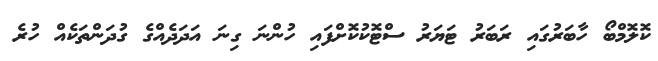
ކޮލޮމްބޯ ހާބަރުގައި ރަބަރު ޓަޔަރު ސްޓޮކުކޮށްފައި ހުންނަ ގިނަ އަދަދެއްގެ ގުދަންތަކެއް ހުރެ